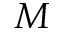
M